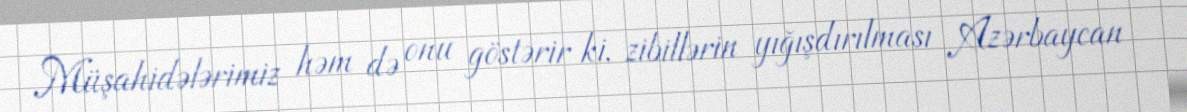
Müşahidələrimiz həm də onu göstərir ki, zibillərin yığışdırılması Azərbaycan